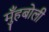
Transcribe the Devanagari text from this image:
मुँहबोली